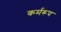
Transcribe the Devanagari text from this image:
कर्मरूप